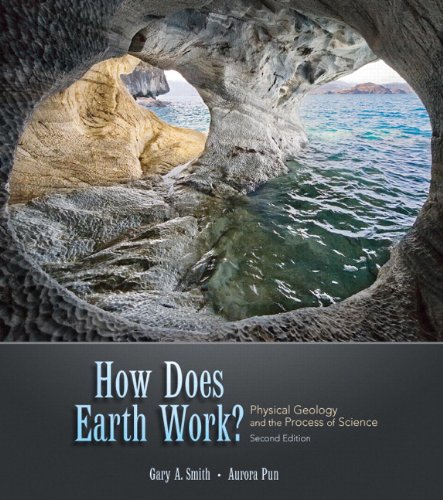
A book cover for How Does Earth Work? Physical Geology and the Process of Science (2nd Edition); Gary Smith; Humor & Entertainment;